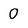
Character: 0